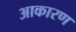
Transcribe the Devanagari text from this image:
आकारण